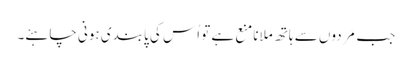
جب مَردوں سے ہاتھ ملانامنع ہے تو اُس کی پابندی ہونی چاہئے۔